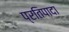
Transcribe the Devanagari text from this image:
प्रतिपादा